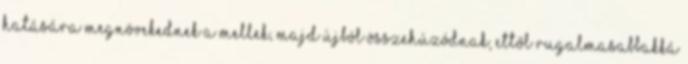
hatására megnövekednek a mellek, majd újból összehúzódnak, ettől rugalmasabbakká